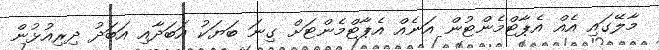
މާލޭގައި އެއް އެޕާޓްމެންޓުން އަނެއް އެޕާޓްމެންޓަށް ގިނަ ބަޔަކު އަބަދާއި އަބަދު ދިރިއުޅުން